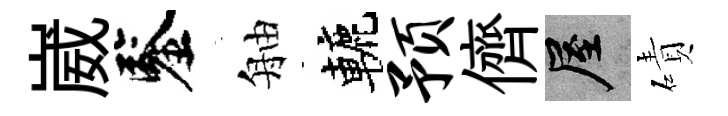
崴鑒舳轆预儕屋磧